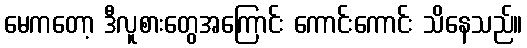
မေကတော့ ဒီလူစားတွေအကြောင်း ကောင်းကောင်း သိနေသည်။